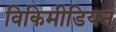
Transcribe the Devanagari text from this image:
विकिमीडियन